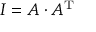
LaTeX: I = A \cdot A ^ { \mathrm { T } }